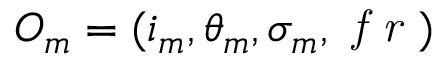
O _ { m } = ( i _ { m } , \theta _ { m } , \sigma _ { m } , \textit { f r } )